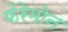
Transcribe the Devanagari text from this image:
फेरेमोन